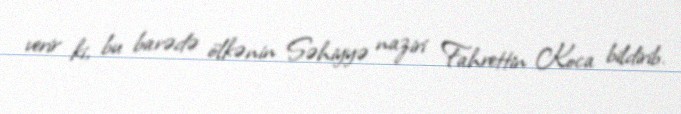
verir ki, bu barədə ölkənin Səhiyyə naziri Fahrettin Koca bildirib.